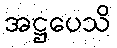
အဋ္ဌပေသိ